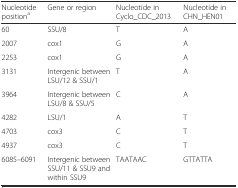
<table><thead><tr><td><b>Nucleotide position<sup>a</sup></b></td><td><b>Gene or region</b></td><td><b>Nucleotide in Cyclo_CDC_2013</b></td><td><b>Nucleotide in CHN_HEN01</b></td></tr></thead><tbody><tr><td>60</td><td>SSU/8</td><td>T</td><td>A</td></tr><tr><td>2007</td><td>cox1</td><td>G</td><td>A</td></tr><tr><td>2253</td><td>cox1</td><td>G</td><td>A</td></tr><tr><td>3131</td><td>Intergenic between LSU/12 &amp; SSU/1</td><td>T</td><td>A</td></tr><tr><td>3964</td><td>Intergenic between LSU/8 &amp; SSU/5</td><td>C</td><td>A</td></tr><tr><td>4282</td><td>LSU/1</td><td>A</td><td>T</td></tr><tr><td>4703</td><td>cox3</td><td>C</td><td>T</td></tr><tr><td>4937</td><td>cox3</td><td>C</td><td>T</td></tr><tr><td>6085–6091</td><td>Intergenic between SSU/11 &amp; SSU9 and within SSU9</td><td>TAATAAC</td><td>GTTATTA</td></tr></tbody></table>